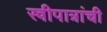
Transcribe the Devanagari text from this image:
स्त्रीपात्रांची